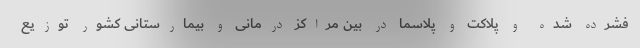
فشرده شده و پلاکت و پلاسما در بین مراکز درمانی و بیمارستانی کشور توزیع